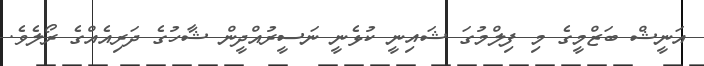
އަނީޝް ބަޒްމީގެ މި ފިލްމުގަ ޝައިނީ ކުޅެނީ ނަސީރުއްދީން ޝާހުގެ ދަރިއެއްގެ ރޯލެވެ.